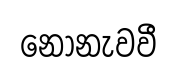
නොනැවවී